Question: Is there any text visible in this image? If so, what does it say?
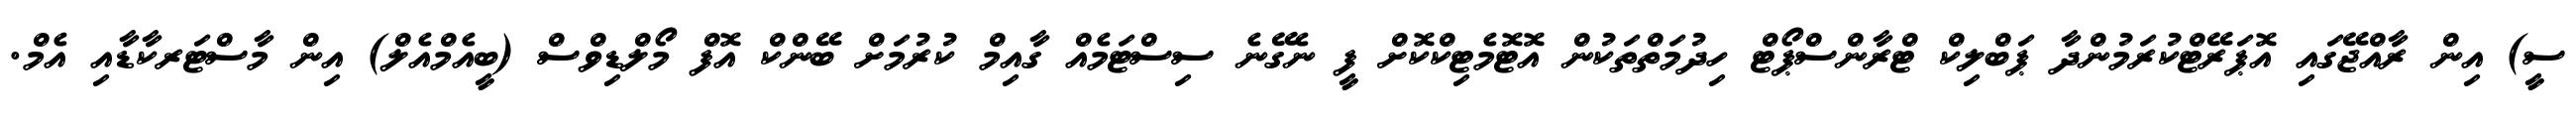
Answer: ސީ) އިން ރާއްޖޭގައި އޮޕަރޭޓްކުރަމުންދާ ޕަބްލިކް ޓްރާންސްޕޯޓް ހިދުމަތްތަކުން އޮޓޮމެޓިކްކޮށް ފީ ނެގޭނެ ސިސްޓަމެއް ގާއިމް ކުރުމަށް ބޭންކް އޮފް މޯލްޑިވްސް (ބީއެމްއެލް) އިން މާސްޓަރކާޑާއި އެމް.